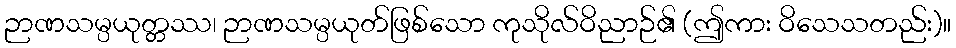
ဉာဏသမ္ပယုတ္တဿ၊ ဉာဏသမ္ပယုတ်ဖြစ်သော ကုသိုလ်ဝိညာဉ်၏ (ဤကား ဝိသေသတည်း)။